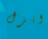
انزل